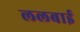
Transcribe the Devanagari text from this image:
ललबाई